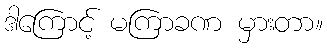
ဒါကြောင့် မကြာခဏ မှားတာ။